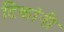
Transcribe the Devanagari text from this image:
टिकांनी